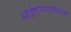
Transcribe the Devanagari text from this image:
आईएनएक्सएस